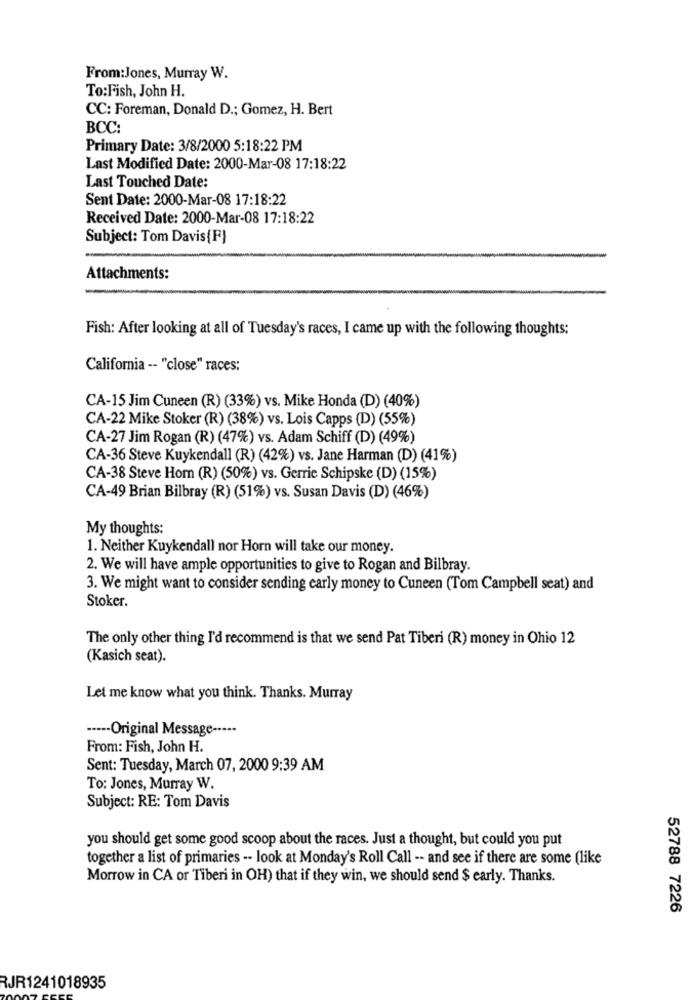
From:Jones, Murray W.
To:Fish, John H.
CC: Foreman, Donald D .; Gomez, H. Bert
BCC:
Primary Date: 3/8/2000 5:18:22 PM
Last Modified Date: 2000-Mar-08 17:18:22
Last Touched Date:
Sent Date: 2000-Mar-08 17:18:22
Received Date: 2000-Mar-08 17:18:22
Subject: Tom Davis{F}
Attachments:
Fish: After looking at all of Tuesday's races, I came up with the following thoughts:
California -- "close" races:
CA-15 Jim Cuneen (R) (33%) vs. Mike Honda (D) (40%)
CA-22 Mike Stoker (R) (38%) vs. Lois Capps (D) (55%)
CA-27 Jim Rogan (R) (47%) vs. Adam Schiff (D) (49%)
CA-36 Steve Kuykendall (R) (42%) vs. Jane Harman (D) (41%)
CA-38 Steve Hom (R) (50%) vs. Gerrie Schipske (D) (15%)
CA-49 Brian Bilbray (R) (51%) vs. Susan Davis (D) (46%)
My thoughts:
1. Neither Kuykendall nor Horn will take our money.
2. We will have ample opportunities to give to Rogan and Bilbray.
3. We might want to consider sending early money to Cuneen (Tom Campbell seat) and
Stoker.
The only other thing I'd recommend is that we send Pat Tiberi (R) money in Ohio 12
(Kasich seat).
Let me know what you think. Thanks. Murray
..... Original Message -----
From: Fish, John H.
Sent: Tuesday, March 07, 2000 9:39 AM
To: Jones, Murray W.
Subject: RE: Tom Davis
you should get some good scoop about the races. Just a thought, but could you put
together a list of primaries -- look at Monday's Roll Call -- and see if there are some (like
Morrow in CA or Tiberi in OH) that if they win, we should send $ early. Thanks.
52788 7226
RJR1241018935